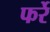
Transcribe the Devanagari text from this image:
फर्रे